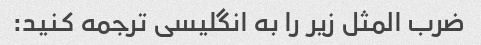
ضرب المثل زیر را به انگلیسی ترجمه کنید: